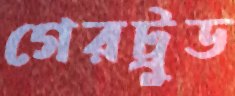
গেরট্রুড